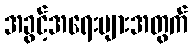
အခွင့်အရေးများအတွက်